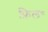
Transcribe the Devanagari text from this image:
फ़िल॰